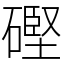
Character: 䃘